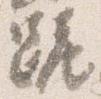
跪